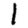
Digit: 1